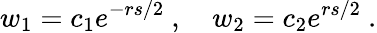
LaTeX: w_{1}=c_{1}e^{-rs/2}\ ,\quad w_{2}=c_{2}e^{rs/2}\ .